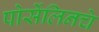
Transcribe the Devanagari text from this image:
पोर्सेलिनचे